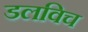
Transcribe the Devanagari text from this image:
डलविच